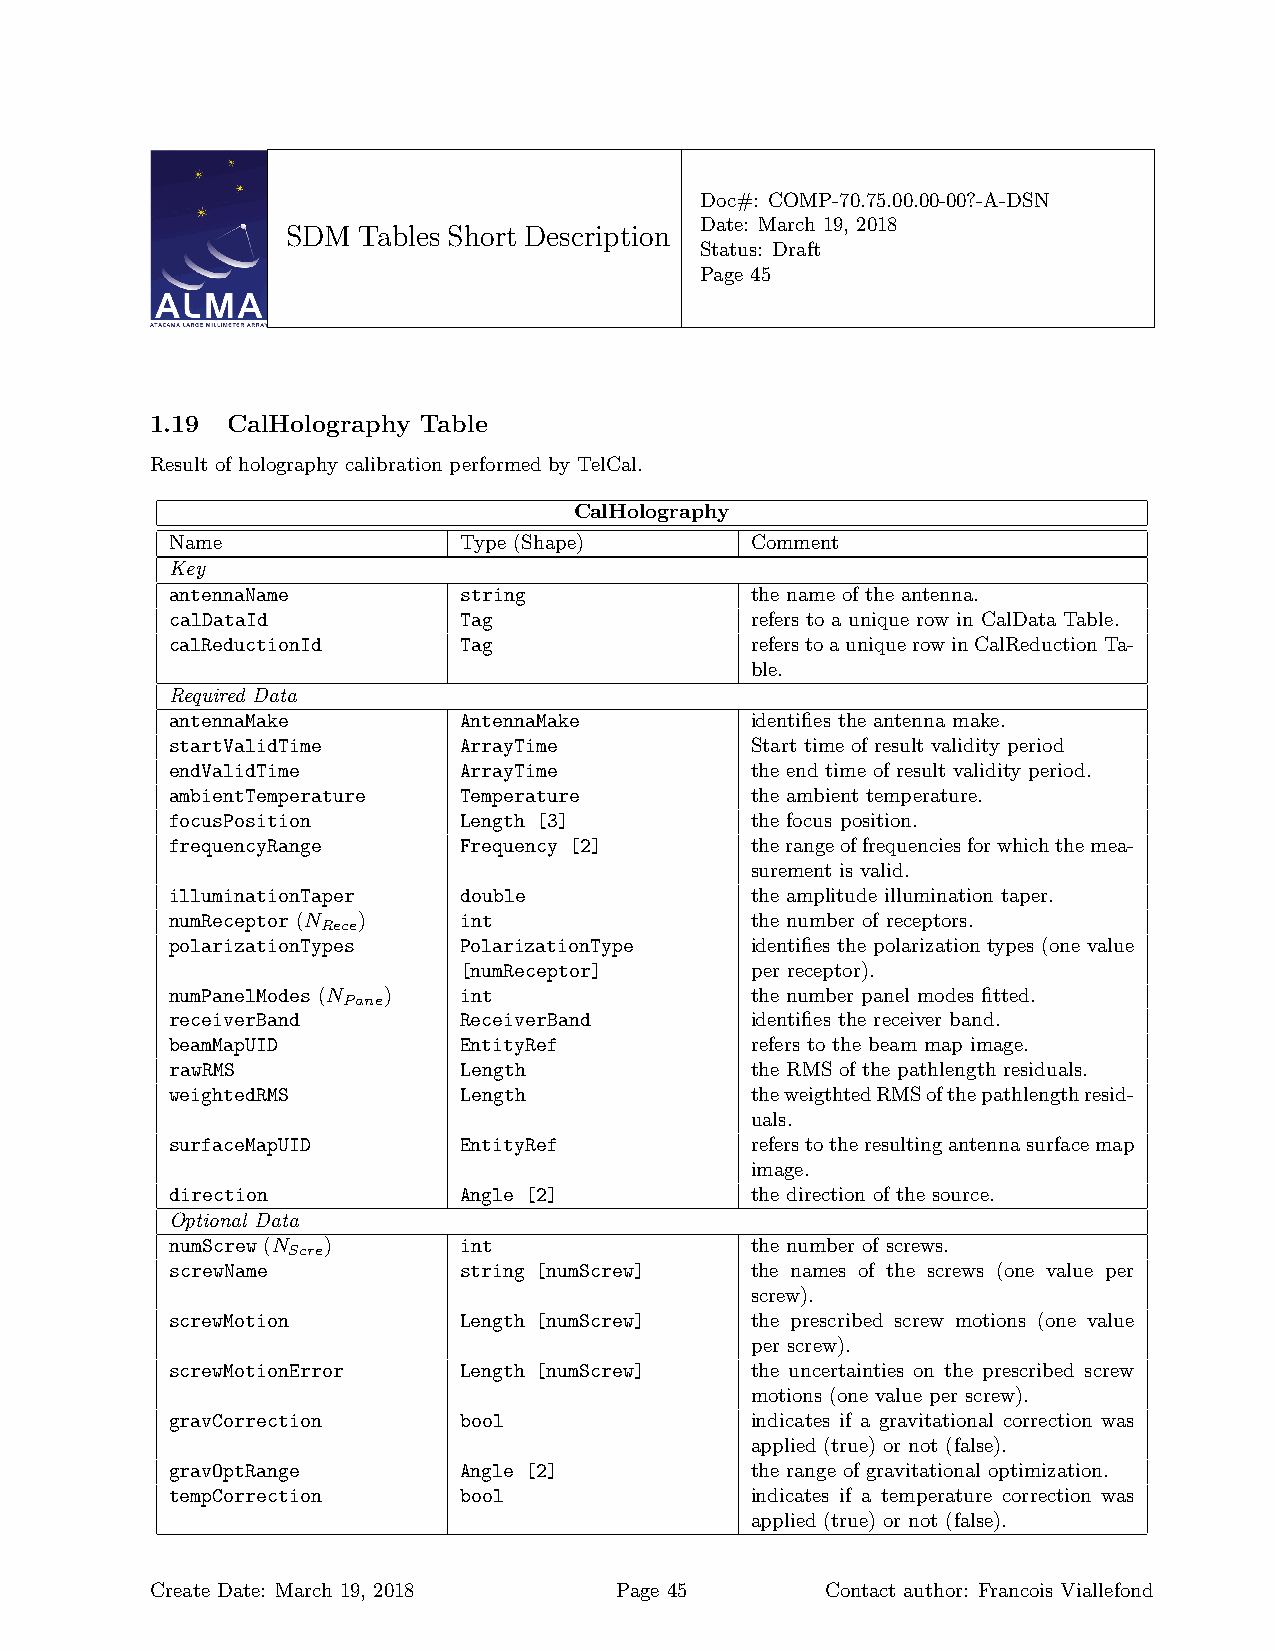
Doc#: COMP-70.75.00.00-00?-A-DSN
 Date: March 19, 2018
 SDM  Tables Short Description
 Status: Draft
 Page 45
 1.19 CalHolography Table
 Result of holography calibration performed by TelCal.
 CalHolography
 Name               Type (Shape)        Comment
 Key
 antennaName        string              the name of the antenna.
 calDataId          Tag                 refers to a unique row in CalData Table.
 calReductionId     Tag                 referstoauniquerowinCalReductionTa-
 ble.
 Required Data
 antennaMake        AntennaMake         identifies the antenna make.
 startValidTime     ArrayTime           Start time of result validity period
 endValidTime       ArrayTime           the end time of result validity period.
 ambientTemperature Temperature         the ambient temperature.
 focusPosition      Length [3]          the focus position.
 frequencyRange     Frequency [2]       therangeoffrequenciesforwhichthemea-
 surement is valid.
 illuminationTaper  double              the amplitude illumination taper.
 numReceptor (N )   int                 the number of receptors.
 Rece
 polarizationTypes  PolarizationType    identifies the polarization types (one value
 [numReceptor]       per receptor).
 numPanelModes (N ) int                 the number panel modes fitted.
 Pane
 receiverBand       ReceiverBand        identifies the receiver band.
 beamMapUID         EntityRef           refers to the beam map image.
 rawRMS             Length              the RMS of the pathlength residuals.
 weightedRMS        Length              theweigthtedRMSofthepathlengthresid-
 uals.
 surfaceMapUID      EntityRef           referstotheresultingantennasurfacemap
 image.
 direction          Angle [2]           the direction of the source.
 Optional Data
 numScrew (N )      int                 the number of screws.
 Scre
 screwName          string [numScrew]   the names of the screws (one value per
 screw).
 screwMotion        Length [numScrew]   the prescribed screw motions (one value
 per screw).
 screwMotionError   Length [numScrew]   the uncertainties on the prescribed screw
 motions (one value per screw).
 gravCorrection     bool                indicates if a gravitational correction was
 applied (true) or not (false).
 gravOptRange       Angle [2]           the range of gravitational optimization.
 tempCorrection     bool                indicates if a temperature correction was
 applied (true) or not (false).
 Create Date: March 19, 2018    Page 45       Contact author: Francois Viallefond